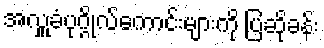
အလှူခံပုဂ္ဂိုလ်ကောင်းများကို ပြဆိုခန်း